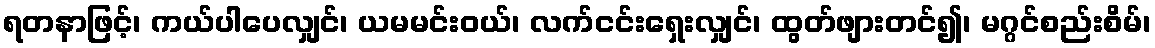
ရတနာဖြင့်၊ ကယ်ပါပေလျှင်၊ ယမမင်းဝယ်၊ လက်ငင်းရှေးလျှင်၊ ထွတ်ဖျားတင်၍၊ မဂ္ဂင်စည်းစိမ်၊